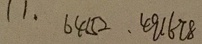
1 1 . 6 4 1 5 2 . 4 9 1 6 7 8